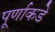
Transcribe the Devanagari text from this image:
पूर्णाकडे